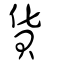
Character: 貨